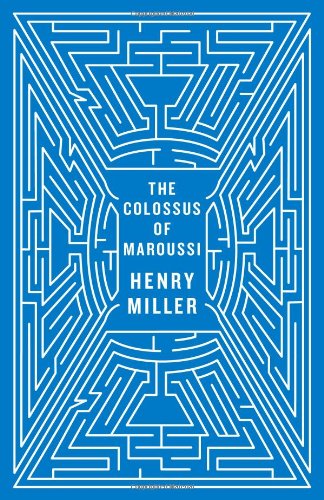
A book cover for The Colossus of Maroussi (Second Edition) (New Directions Paperbook); Henry Miller; Travel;